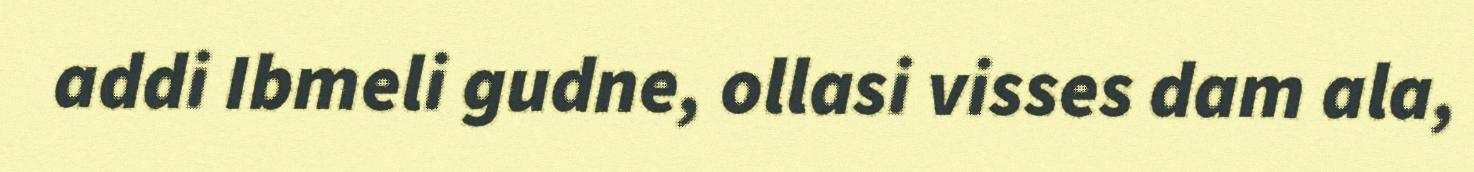
addi Ibmeli gudne, ollasi visses dam ala,